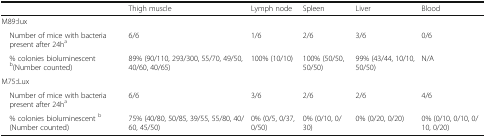
|  | Thigh muscle | Lymph node | Spleen | Liver | Blood |
 | --- | --- | --- | --- | --- | --- |
 | <COLSPAN=6> M89::lux |
 | Number of mice with bacteria present after 24ha | 6/6 | 1/6 | 2/6 | 3/6 | 0/6 |
 | % colonies bioluminescent b(Number counted) | 89% (90/110, 293/300, 55/70, 49/50, 40/60, 40/65) | 100% (10/10) | 100% (50/50, 50/50) | 99% (43/44, 10/10, 50/50) | N/A |
 | <COLSPAN=6> M75::Lux |
 | Number of mice with bacteria present after 24ha | 6/6 | 3/6 | 2/6 | 2/6 | 4/6 |
 | % colonies bioluminescent b (Number counted) | 75% (40/80, 50/85, 39/55, 55/80, 40/60, 45/50) | 0% (0/5, 0/37, 0/50) | 0% (0/10, 0/30) | 0% (0/20, 0/20) | 0% (0/10, 0/10, 0/10, 0/20) |